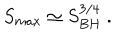
S _ { m a x } \simeq S _ { B H } ^ { 3 / 4 } \ .